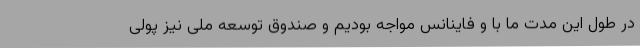
در طول این مدت ما با و فاینانس مواجه بودیم و صندوق توسعه ملی نیز پولی